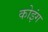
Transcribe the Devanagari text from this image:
कोइंग